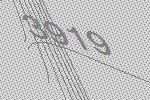
3919